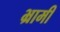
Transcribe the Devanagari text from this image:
भ्रामी